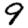
Digit: 9